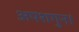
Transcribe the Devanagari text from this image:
अपशगुन।